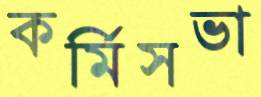
কর্মিসভা